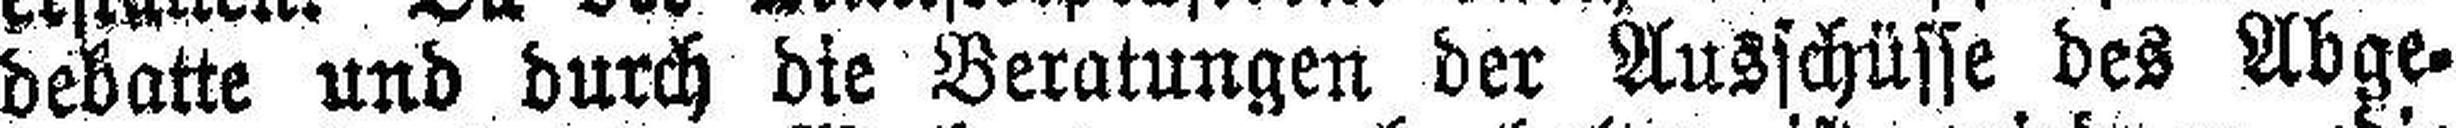
debatte und durch die Beratungen der Ausschüsse des Abge¬